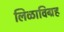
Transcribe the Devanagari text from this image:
लिळाविग्रह